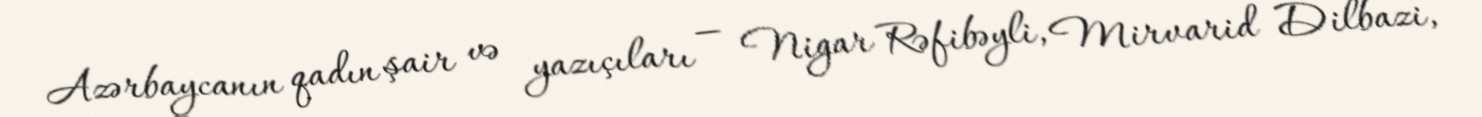
Azərbaycanın qadın şair və yazıçıları — Nigar Rəfibəyli, Mirvarid Dilbazi,